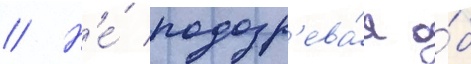
// Н'е́ подозр'ева́я о́б